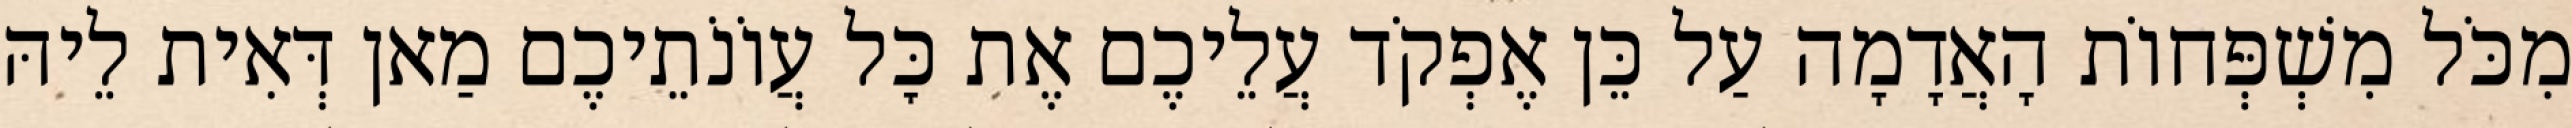
מִכֹּל מִשְׁפְּחוֹת הָאֲדָמָה עַל כֵּן אֶפְקֹד עֲלֵיכֶם אֶת כׇּל עֲוֹנֹתֵיכֶם מַאן דְּאִית לֵיהּ